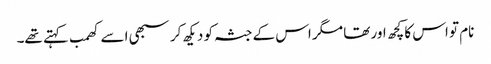
نام تو اس کا کچھ اور تھا مگر اس کے جثہ کو دیکھ کر سبھی اسے کھمب کہتے تھے۔